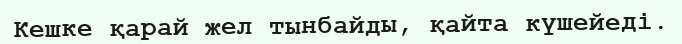
Кешке қарай жел тынбайды, қайта күшейеді.